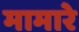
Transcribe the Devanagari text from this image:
मामारे